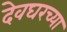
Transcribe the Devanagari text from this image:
देवघरच्या